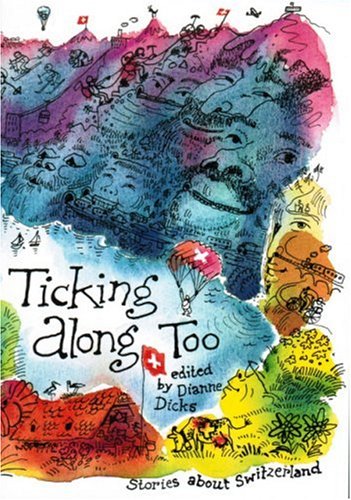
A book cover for Ticking Along Too, Stories about Switzerland; Dianne Dicks; Travel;